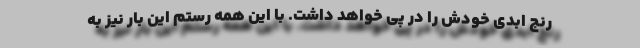
رنج ابدی خودش را در پی خواهد داشت. با این همه رستم این بار نیز به